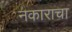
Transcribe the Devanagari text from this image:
नकाराचा